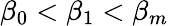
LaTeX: \beta_{0}<\beta_{1}<\beta_{m}